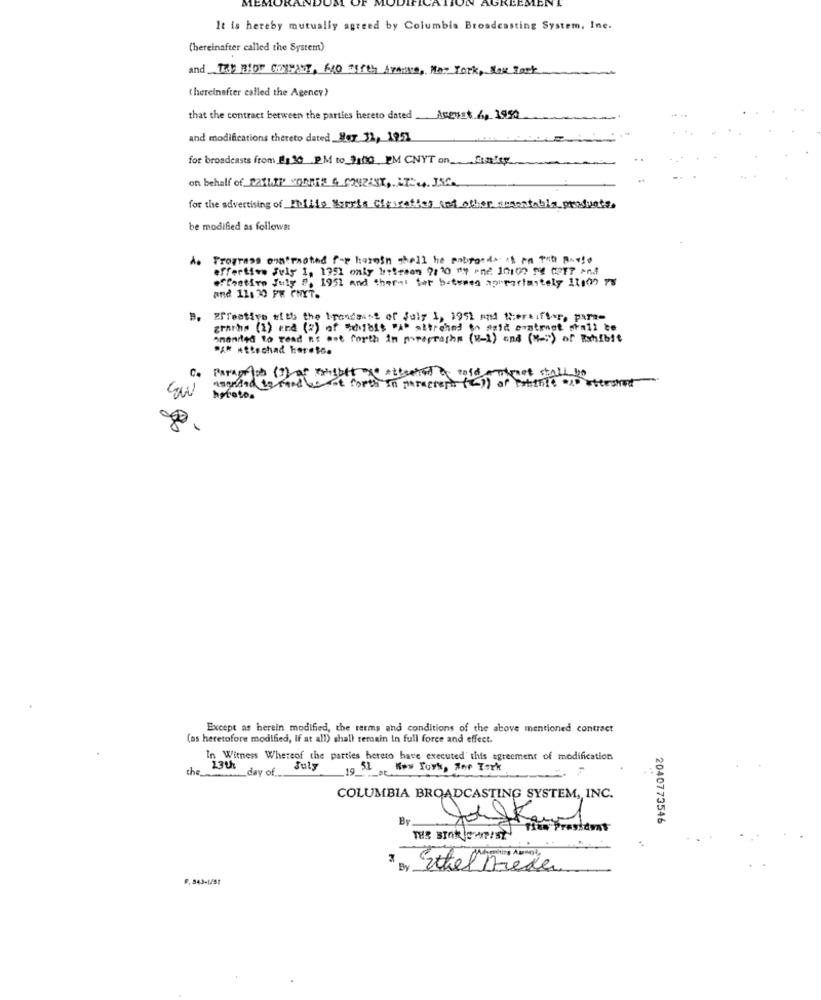
MES
AGE
CEMENT
It is hereby mutually agreed by Columbia Broadcasting System, Ine.
(hereinafter called the System)
and THE BIOP COMPOST, ANO TITEL AVANNE, HAT YORK, SOK PARK
(hereinafter called the Agency)
that the contract between the parties hereto dated Aceust 6, 1990
and modifications thereto dated_Her 31, 1951
for broadcasts from [+]392M to 3:00 PM CNYT on Galer
on behalf of_[21LIP' YONNE 4_C24ZAST ,. IT -... J.56.
for the advertising of Philip Morris Ciparaties and other assentable products.
be modified as follows:
Progress onairnoted for heroin shell he pobroods is in Tab posto
effertive July 1, 1751 only hesteson 9: 10 By -nc 101077 ME CPT? And
#ffretiro July ", 1951 and theres Sor batemen aprportastely 11109 78
and 11: 30 PM FNYT.
Effective with the Presdeist of July 1, 1991 and theraifhor, para-
grarhs (1) end (2) of "dibis "A. attrched to asid samtrnot shall te
onandled to read n't mot forth in mrsprachs (W-1) and ("") of Exhibit
PAR Attschad har.to.
C
aseuted by road be fores In interest ()) of sottile . etersted
boroto.
Except as herein modified, the terms and conditions of the above mentioned contract
(as heretofore modified, If at all) shall remain In full force and effect.
In Witness Whereof the parties hereto have executed' this agreement of modification
the
13th day of
July
19 31, New York, Ser Tork
COLUMBIA BROADCASTING SYSTEM ,, INC.
By
2040773546
Ethel Breder
F. 543-1/51